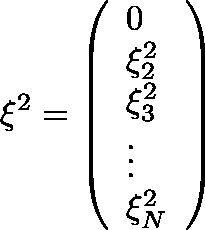
{ { \mathbf { \xi } } ^ { 2 } } = \left( \begin{array} { l } { 0 } \\ { \xi _ { 2 } ^ { 2 } } \\ { \xi _ { 3 } ^ { 2 } } \\ { \vdots } \\ { \xi _ { N } ^ { 2 } } \end{array} \right)